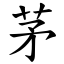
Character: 茅